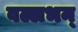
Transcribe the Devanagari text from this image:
वल्लभन्